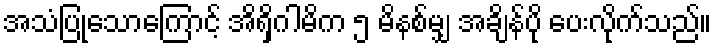
အသံပြုသောကြောင့် အိရှိဂါမိက ၅ မိနစ်မျှ အချိန်ပို ပေးလိုက်သည်။